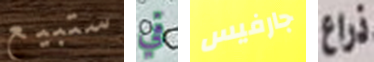
ستبيع في جارفيس ذراع